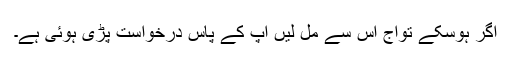
اگر ہوسکے توآج اس سے مل لیں آپ کے پاس درخواست پڑی ہوئی ہے۔